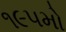
૧૯૫મો